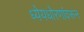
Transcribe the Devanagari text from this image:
ध्येयधोरणांवरून